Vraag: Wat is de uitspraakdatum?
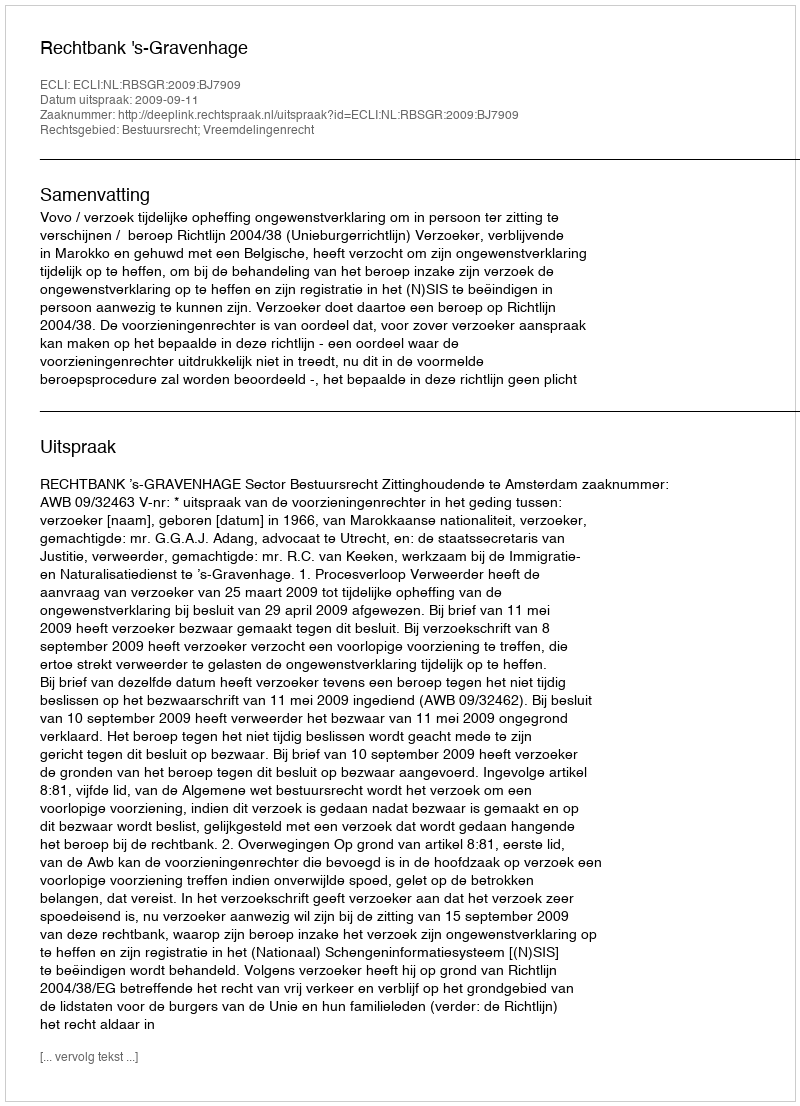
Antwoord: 2009-09-11